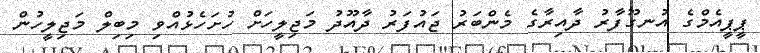
ޕީޕީއެމްގެ އުނގޫފާރު ދާއިރާގެ މެންބަރު ޖައުފަރު ދާއޫދު މަޖިލީހަށް ހުށަހެޅުއްވި މިބިލް މަޖިލީހުން